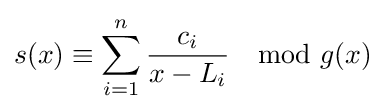
s(x)\equiv \sum _{i=1}^{n}{\frac {c_{i}}{x-L_{i}}}\mod g(x)